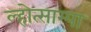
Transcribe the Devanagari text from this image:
ल्होत्साम्पा